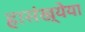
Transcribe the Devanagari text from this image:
हासंख्येया